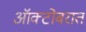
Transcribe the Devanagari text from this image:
ऑक्टोबरात